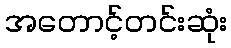
အတောင့်တင်းဆုံး